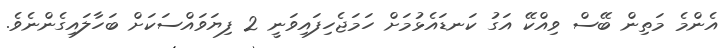
އެންމެ މަތިން ބޭސް ވިއްކޭ އަގު ކަނޑައެޅުމަށް ހަމަޖެހިފައިވަނީ 2 ފިޔަވައްސަކަށް ބަހާލައިގެންނެވެ.